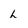
Character: L